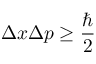
\Delta x \Delta p \geq { \frac { \hbar } { 2 } }